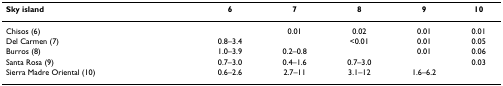
<table><thead><tr><td><b>Sky island</b></td><td><b>6</b></td><td><b>7</b></td><td><b>8</b></td><td><b>9</b></td><td><b>10</b></td></tr></thead><tbody><tr><td>Chisos (6)</td><td></td><td>0.01</td><td>0.02</td><td>0.01</td><td>0.01</td></tr><tr><td>Del Carmen (7)</td><td>0.8–3.4</td><td></td><td>&lt;0.01</td><td>0.01</td><td>0.05</td></tr><tr><td>Burros (8)</td><td>1.0–3.9</td><td>0.2–0.8</td><td></td><td>0.01</td><td>0.06</td></tr><tr><td>Santa Rosa (9)</td><td>0.7–3.0</td><td>0.4–1.6</td><td>0.7–3.0</td><td></td><td>0.03</td></tr><tr><td>Sierra Madre Oriental (10)</td><td>0.6–2.6</td><td>2.7–11</td><td>3.1–12</td><td>1.6–6.2</td><td></td></tr></tbody></table>